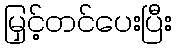
မြှင့်တင်ပေးပြီး